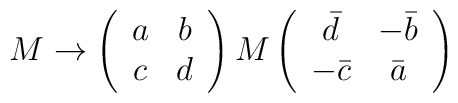
M \rightarrow \left(\begin{array}{cc} a & b \\ c & d \end{array} \right) M \left(\begin{array}{cc} \bar{d} & -\bar{b} \\ -\bar{c} & \bar{a} \end{array}\right)